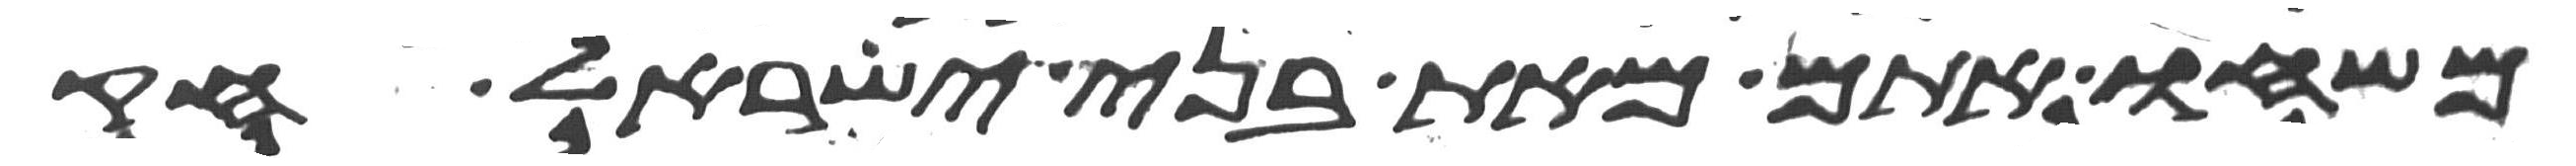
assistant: משחו אתם מאת בני ישראל חק